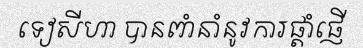
ទៀសីហា បានពាំនាំនូវការផ្តាំផ្ញើ